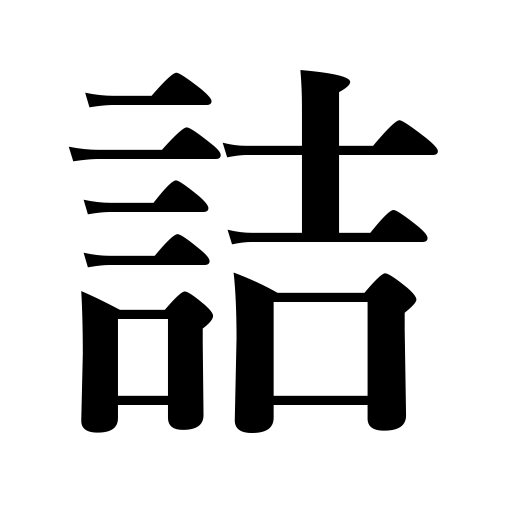
Meanings: be full,sit closely,curtail,hold one’s breath,be checkmated,become close,shorten,stuff,place closely,checkmate,write closely,pack,be hard up,fill,attend office,be stopped up,plug,be deadlocked,be stuffed,keep doing,be blocked,be packed,be pressed in,contract,be held up,be shortened